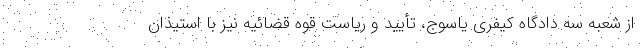
از شعبه سه دادگاه کیفری یاسوج، تأیید و ریاست قوه قضائیه نیز با استیذان